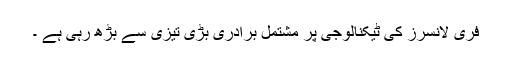
فری لانسرز کی ٹیکنالوجی پر مشتمل برادری بڑی تیزی سے بڑھ رہی ہے ۔